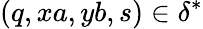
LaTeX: (q,xa,yb,s)\in\delta^{*}